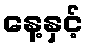
နေ့နှင့်